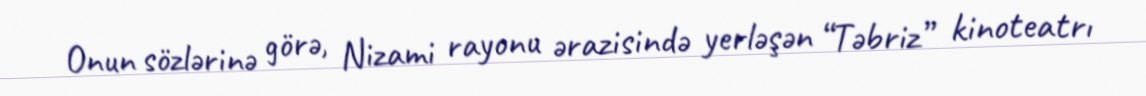
Onun sözlərinə görə, Nizami rayonu ərazisində yerləşən “Təbriz” kinoteatrı